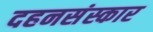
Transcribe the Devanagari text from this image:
दहनसंस्कार